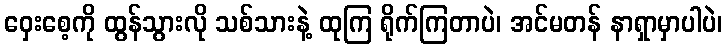
ဝှေးစေ့ကို ထွန်သွားလို သစ်သားနဲ့ ထုကြ ရိုက်ကြတာပဲ၊ အင်မတန် နာရှာမှာပါပဲ၊